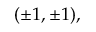
( \pm 1 , \pm 1 ) ,